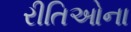
રીતિઓના